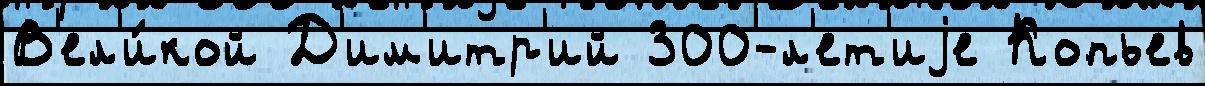
В'ел'и́кой Д'им'итр'ий 300-л'ет'иjе Копьев